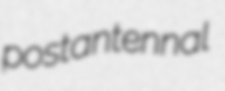
postantennal